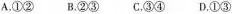
A.①② B.②③ C.③④ D.①③